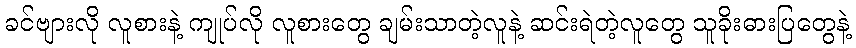
ခင်ဗျားလို လူစားနဲ့ ကျုပ်လို လူစားတွေ ချမ်းသာတဲ့လူနဲ့ ဆင်းရဲတဲ့လူတွေ သူခိုးဓားပြတွေနဲ့